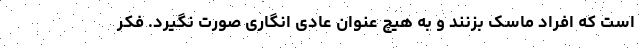
است که افراد ماسک بزنند و به هیچ عنوان عادی انگاری صورت نگیرد. فکر